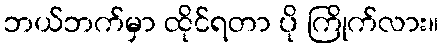
ဘယ်ဘက်မှာ ထိုင်ရတာ ပို ကြိုက်လား။